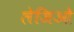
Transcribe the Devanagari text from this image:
लेजिओ